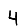
Digit: 4